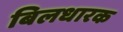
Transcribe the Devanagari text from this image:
बिलधारक